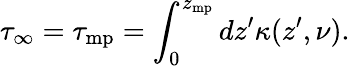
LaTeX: \tau_{\infty}=\tau_{\mathrm{mp}}=\int_{0}^{z_{\mathrm{mp}}}dz^{\prime}\kappa(z^{\prime},\nu).